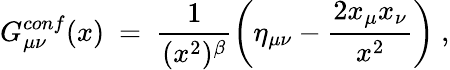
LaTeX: G_{\mu\nu}^{conf}(x)~=~\frac{1}{(x^{2})^{\beta}}\left(\eta_{\mu\nu}-\frac{2x_{\mu}x_{\nu}}{x^{2}}\right)~,